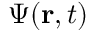
\Psi ( \mathbf { r } , t )